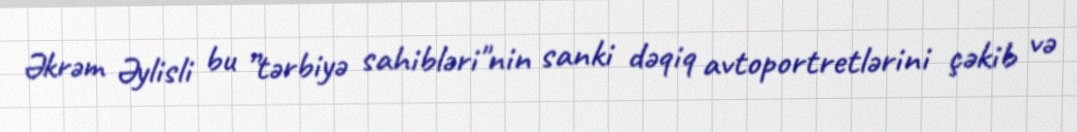
Əkrəm Əylisli bu ”tərbiyə sahibləri"nin sanki dəqiq avtoportretlərini çəkib və